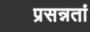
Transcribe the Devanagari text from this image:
प्रसन्नतां